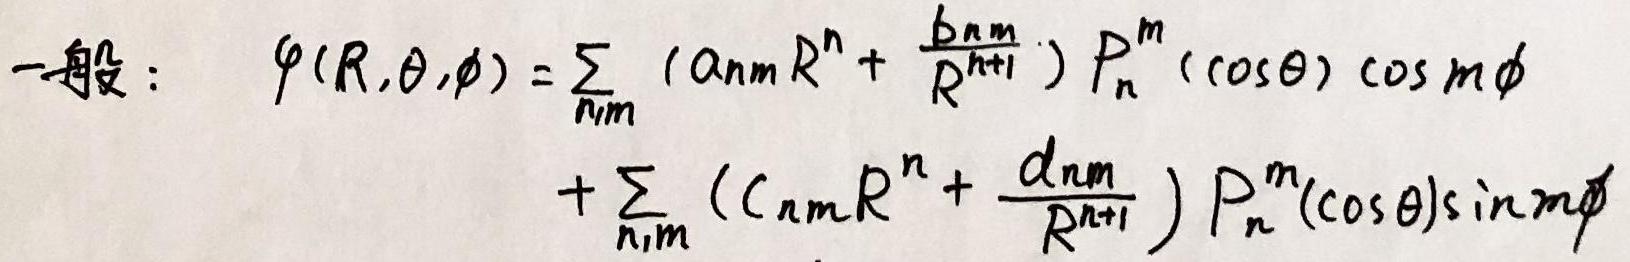
一般：
\[
\begin{align*}
\varphi(R,\theta,\phi)&=\sum_{n,m}(a_{nm}R^{n}+\frac{b_{nm}}{R^{n + 1}})P_{n}^{m}(\cos\theta)\cos m\phi\\
&+\sum_{n,m}(c_{nm}R^{n}+\frac{d_{nm}}{R^{n + 1}})P_{n}^{m}(\cos\theta)\sin m\phi
\end{align*}
\]